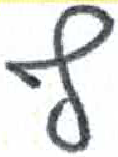
אות: ץ